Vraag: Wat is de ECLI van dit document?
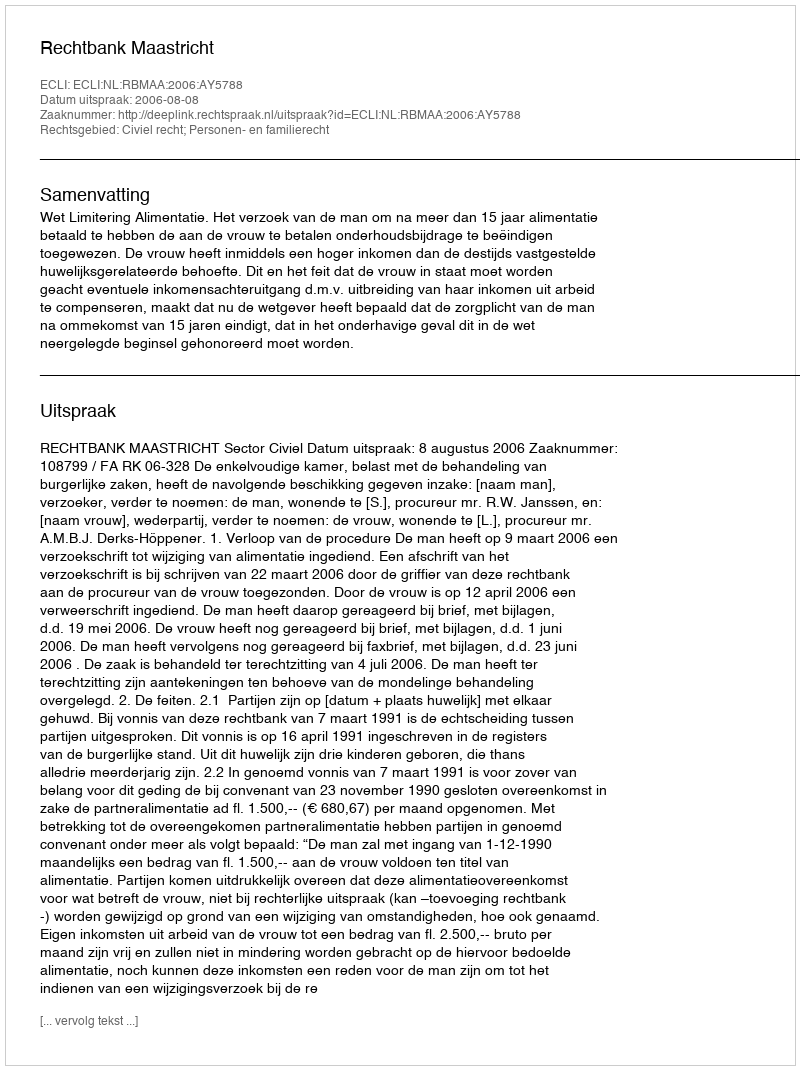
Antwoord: ECLI:NL:RBMAA:2006:AY5788